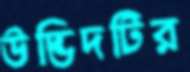
উদ্ভিদটির